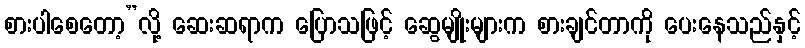
စားပါစေတော့”လို့ ဆေးဆရာက ပြောသဖြင့် ဆွေမျိုးများက စားချင်တာကို ပေးနေသည်နှင့်